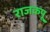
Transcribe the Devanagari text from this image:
राजकपू